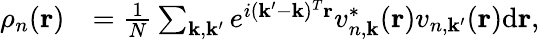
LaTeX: \begin{array}{rl}{\rho_{n}(\mathbf{r})}&{=\frac{1}{N}\sum_{\mathbf{k},\mathbf{k}^{\prime}}e^{i(\mathbf{k}^{\prime}-\mathbf{k})^{T}\mathbf{r}}v_{n,\mathbf{k}}^{*}(\mathbf{r})v_{n,\mathbf{k}^{\prime}}(\mathbf{r})\mathrm{d}\mathbf{r},}\end{array}